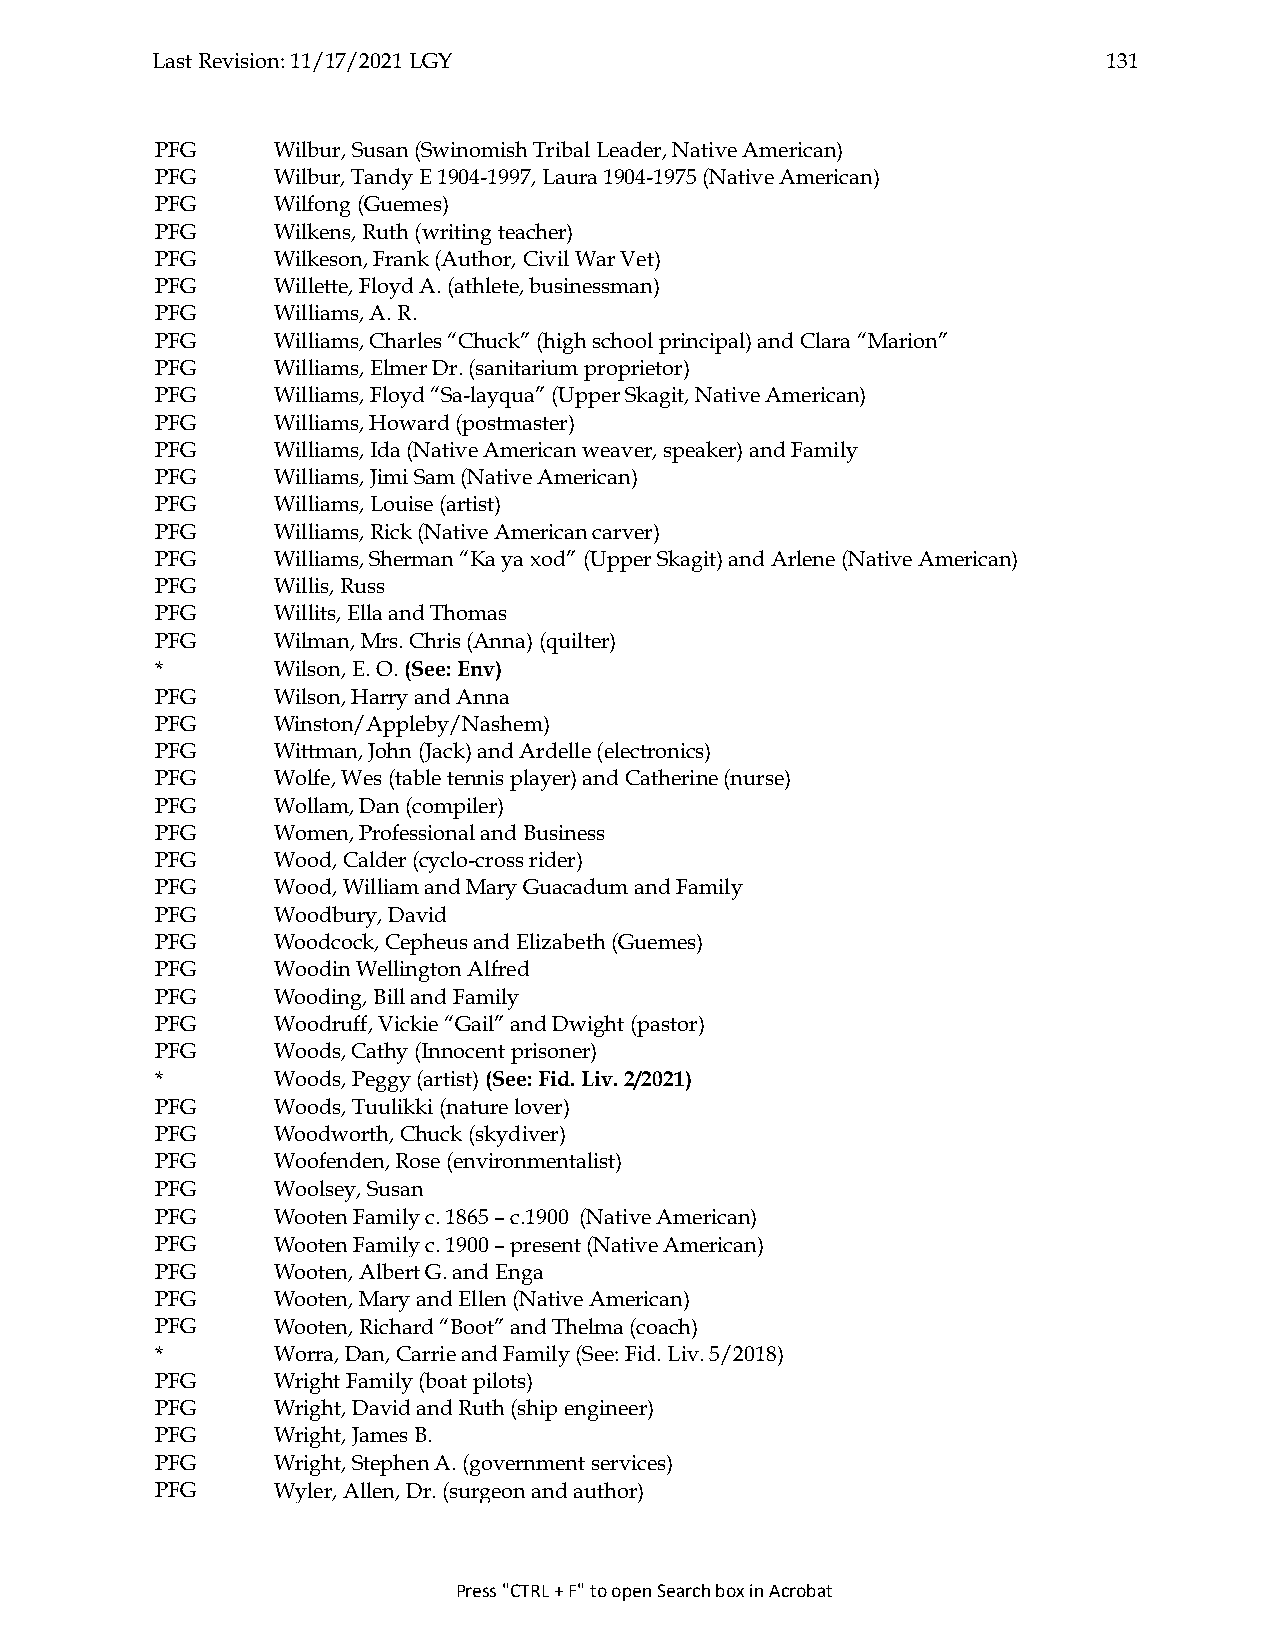
Last Revision: 11/17/2021 LGY                                  131
 PFG     Wilbur, Susan (Swinomish Tribal Leader, Native American)
 PFG     Wilbur, Tandy E 1904-1997, Laura 1904-1975 (Native American)
 PFG     Wilfong (Guemes)
 PFG     Wilkens, Ruth (writing teacher)
 PFG     Wilkeson, Frank (Author, Civil War Vet)
 PFG     Willette, Floyd A. (athlete, businessman)
 PFG     Williams, A. R.
 PFG     Williams, Charles “Chuck” (high school principal) and Clara “Marion”
 PFG     Williams, Elmer Dr. (sanitarium proprietor)
 PFG     Williams, Floyd “Sa-layqua” (Upper Skagit, Native American)
 PFG     Williams, Howard (postmaster)
 PFG     Williams, Ida (Native American weaver, speaker) and Family
 PFG     Williams, Jimi Sam (Native American)
 PFG     Williams, Louise (artist)
 PFG     Williams, Rick (Native American carver)
 PFG     Williams, Sherman “Ka ya xod” (Upper Skagit) and Arlene (Native American)
 PFG     Willis, Russ
 PFG     Willits, Ella and Thomas
 PFG     Wilman, Mrs. Chris (Anna) (quilter)
 *       Wilson, E. O. (See: Env)
 PFG     Wilson, Harry and Anna
 PFG     Winston/Appleby/Nashem)
 PFG     Wittman, John (Jack) and Ardelle (electronics)
 PFG     Wolfe, Wes (table tennis player) and Catherine (nurse)
 PFG     Wollam, Dan (compiler)
 PFG     Women, Professional and Business
 PFG     Wood, Calder (cyclo-cross rider)
 PFG     Wood, William and Mary Guacadum and Family
 PFG     Woodbury, David
 PFG     Woodcock, Cepheus and Elizabeth (Guemes)
 PFG     Woodin Wellington Alfred
 PFG     Wooding, Bill and Family
 PFG     Woodruff, Vickie “Gail” and Dwight (pastor)
 PFG     Woods, Cathy (Innocent prisoner)
 *       Woods, Peggy (artist) (See: Fid. Liv. 2/2021)
 PFG     Woods, Tuulikki (nature lover)
 PFG     Woodworth, Chuck (skydiver)
 PFG     Woofenden, Rose (environmentalist)
 PFG     Woolsey, Susan
 PFG     Wooten Family c. 1865 – c.1900 (Native American)
 PFG     Wooten Family c. 1900 – present (Native American)
 PFG     Wooten, Albert G. and Enga
 PFG     Wooten, Mary and Ellen (Native American)
 PFG     Wooten, Richard “Boot” and Thelma (coach)
 *       Worra, Dan, Carrie and Family (See: Fid. Liv. 5/2018)
 PFG     Wright Family (boat pilots)
 PFG     Wright, David and Ruth (ship engineer)
 PFG     Wright, James B.
 PFG     Wright, Stephen A. (government services)
 PFG     Wyler, Allen, Dr. (surgeon and author)
 Press "CTRL + F" to open Search box in Acrobat